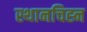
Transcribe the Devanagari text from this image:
स्थानचिह्न